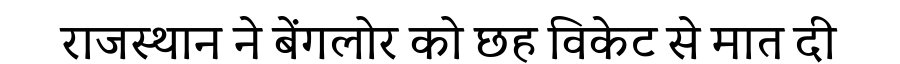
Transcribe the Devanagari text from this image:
राजस्थान ने बेंगलोर को छह विकेट से मात दी